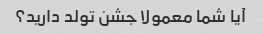
آیا شما معمولا جشن تولد دارید؟